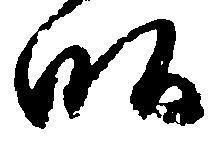
畝